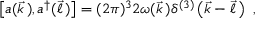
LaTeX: \left[ a ( \vec { k } \, ) , a ^ { \dagger } ( \vec { \ell } \, ) \right] = ( 2 \pi ) ^ { 3 } 2 \omega ( \vec { k } \, ) \delta ^ { ( 3 ) } \left( \vec { k } - \vec { \ell } \, \right) \ ,